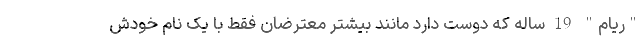
"ریام" 19 ساله که دوست دارد مانند بیشتر معترضان فقط با یک نام خودش